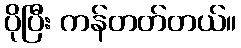
ပိုပြီး ကန်တတ်တယ်။